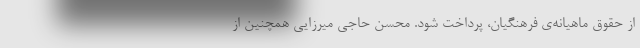
از حقوق ماهیانه‌ی فرهنگیان، پرداخت شود. محسن حاجی میرزایی همچنین از